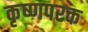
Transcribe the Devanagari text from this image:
कृष्णपरक